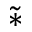
\tilde { * }